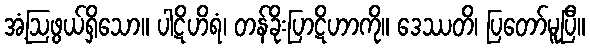
အံ့ဩဖွယ်ရှိသော။ ပါဋိဟိရံ၊ တန်ခိုးပြာဋိဟာကို။ ဒေဿတိ၊ ပြတော်မူပြီ။